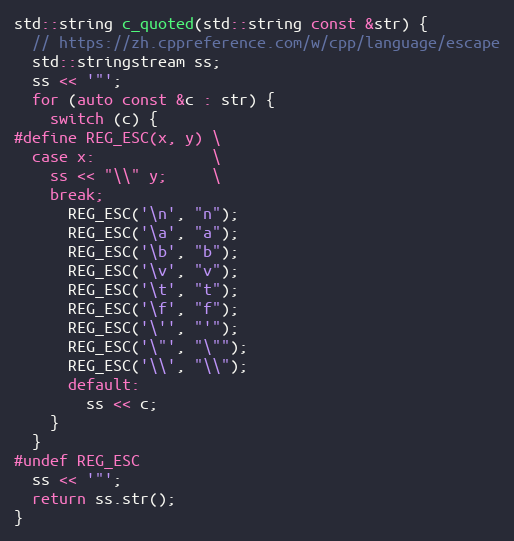
Language: C++
std::string c_quoted(std::string const &str) {
  // https://zh.cppreference.com/w/cpp/language/escape
  std::stringstream ss;
  ss << '"';
  for (auto const &c : str) {
    switch (c) {
#define REG_ESC(x, y) \
  case x:             \
    ss << "\\" y;     \
    break;
      REG_ESC('\n', "n");
      REG_ESC('\a', "a");
      REG_ESC('\b', "b");
      REG_ESC('\v', "v");
      REG_ESC('\t', "t");
      REG_ESC('\f', "f");
      REG_ESC('\'', "'");
      REG_ESC('\"', "\"");
      REG_ESC('\\', "\\");
      default:
        ss << c;
    }
  }
#undef REG_ESC
  ss << '"';
  return ss.str();
}